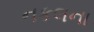
નકલના